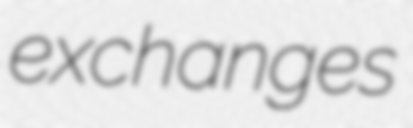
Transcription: exchanges